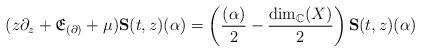
LaTeX: \begin{align*} (z\partial_z + \mathfrak{E}_{(\partial)} + \mu)\textbf{S}(t,z)(\alpha) = \left( \frac{(\alpha)}{2}-\frac{\textnormal{dim}_\mathbb{C}(X)}{2} \right) \textbf{S}(t,z) (\alpha) \end{align*}